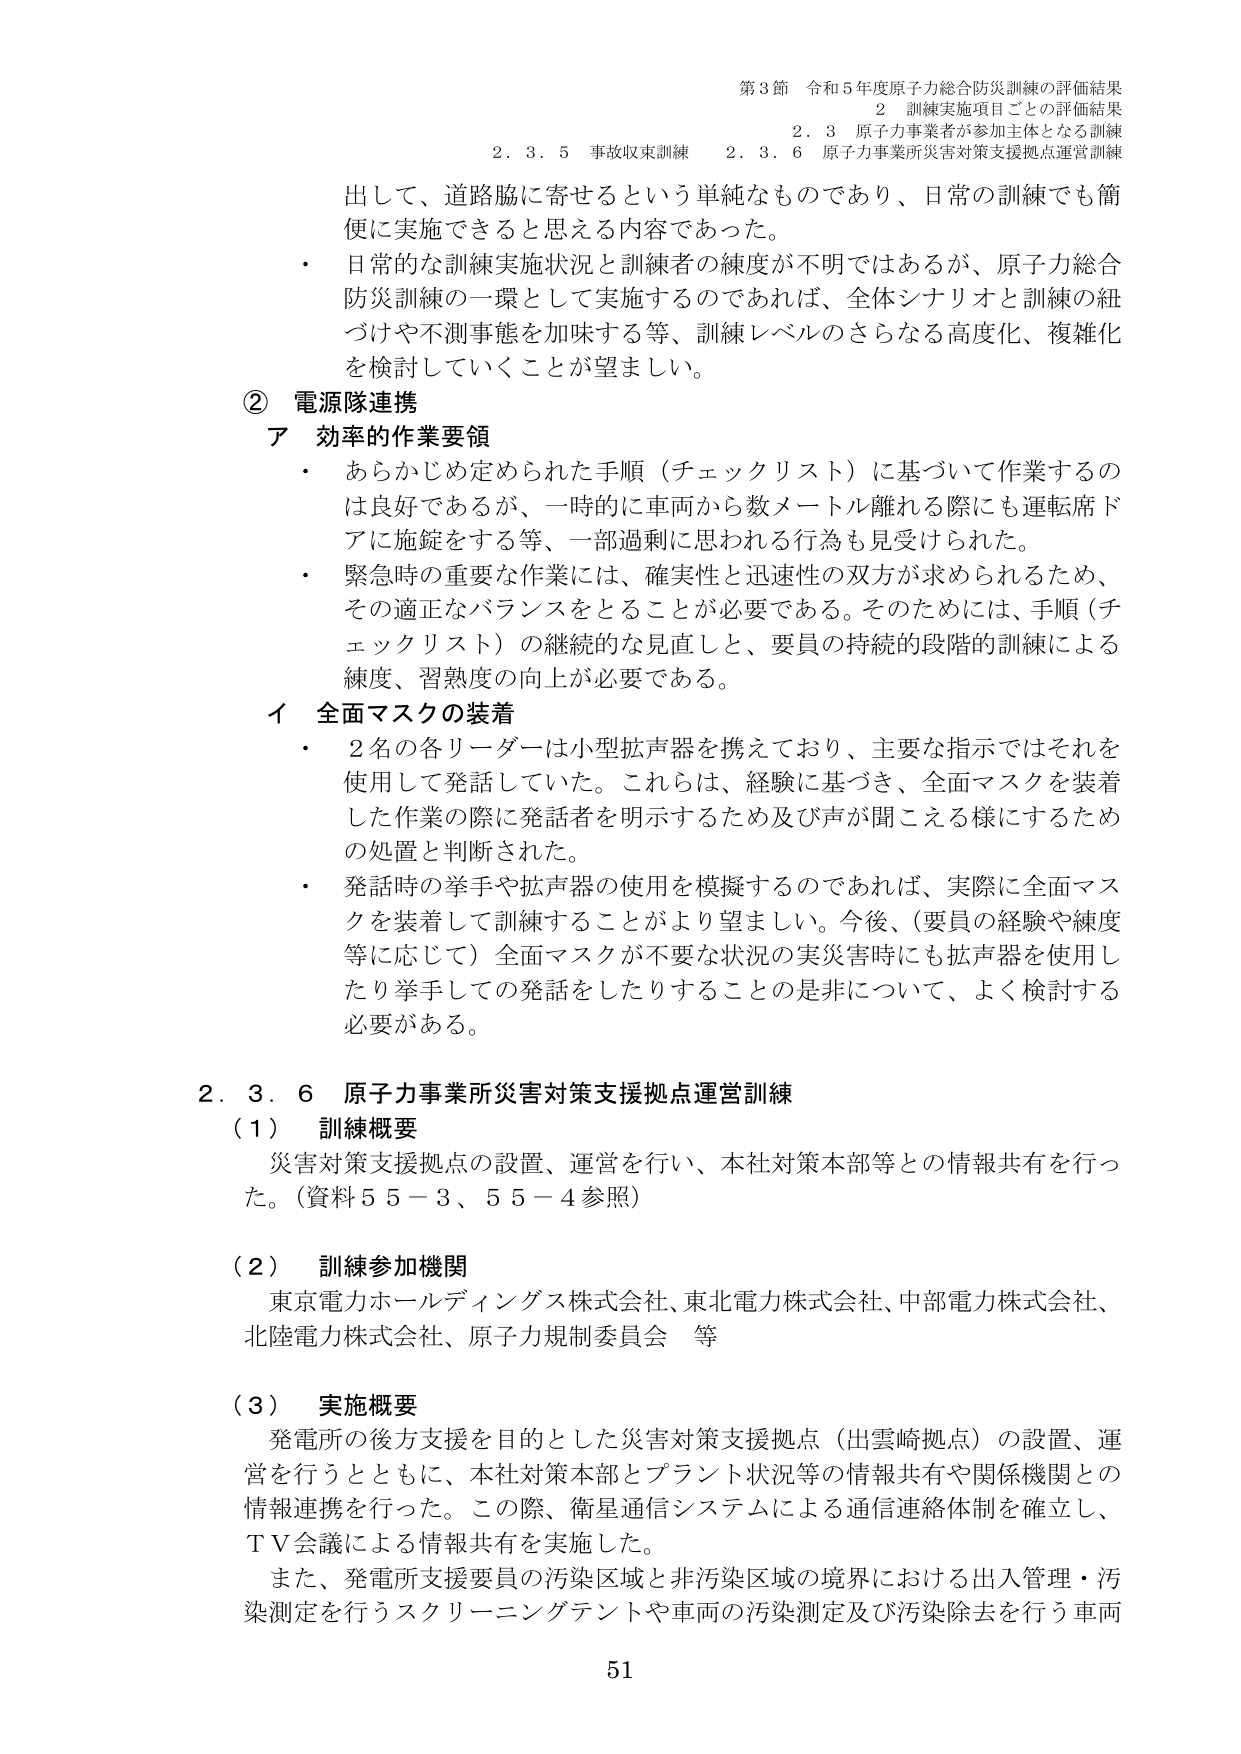
第3節 令和5年度原子力総合防災訓練の評価結果
2 訓練実施項目ごとの評価結果
2.3 原子力事業者が参加主体となる訓練
2.3.5 事故収束訓練 2.3.6 原子力事業所災害対策支援拠点運営訓練

出して、道路脇に寄せるという単純なものであり、日常の訓練でも簡便に実施できると思える内容であった。
・ 日常的な訓練実施状況と訓練者の練度が不明ではあるが、原子力総合防災訓練の一環として実施するのであれば、全体シナリオと訓練の紐づけや不測事態を加味する等、訓練レベルのさらなる高度化、複雑化を検討していくことが望ましい。

② 電源隊連携
ア 効率的作業要領
・ あらかじめ定められた手順（チェックリスト）に基づいて作業するのは良好であるが、一時的に車両から数メートル離れる際にも運転席下アに施錠をする等、一部過剰に思われる行為も見受けられた。
・ 緊急時の重要な作業には、確実性と迅速性の双方が求められるため、その適正なバランスをとることが必要である。そのためには、手順（チェックリスト）の継続的な見直しと、要員の持続的段階的訓練による練度、習熟度の向上が必要である。

イ 全面マスクの装着
・ 2名の各リーダーは小型拡声器を携えており、主要な指示ではそれを使用して発話していた。これらは、経験に基づき、全面マスクを装着した作業の際に発話者を明示するため及び声が聞こえる様にするための処置と判断された。
・ 発話時の挙手や拡声器の使用を模擬するのであれば、実際に全面マスクを装着して訓練することがより望ましい。今後、（要員の経験や練度等に応じて）全面マスクが不要な状況の実災害時にも拡声器を使用したり挙手しての発話をしたりすることの是非について、よく検討する必要がある。

2.3.6 原子力事業所災害対策支援拠点運営訓練
（1） 訓練概要
災害対策支援拠点の設置、運営を行い、本社対策本部等との情報共有を行った。（資料55-3、55-4参照）

（2） 訓練参加機関
東京電力ホールディングス株式会社、東北電力株式会社、中部電力株式会社、北陸電力株式会社、原子力規制委員会 等

（3） 実施概要
発電所の後方支援を目的とした災害対策支援拠点（出雲崎拠点）の設置、運営を行うとともに、本社対策本部とプラント状況等の情報共有や関係機関との情報連携を行った。この際、衛星通信システムによる通信連絡体制を確立し、TV会議による情報共有を実施した。
また、発電所支援要員の汚染区域と非汚染区域の境界における出入管理・汚染測定を行うスクリーニングテントや車両の汚染測定及び汚染除去を行う車両

51